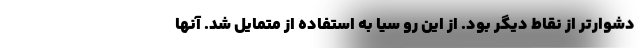
دشوارتر از نقاط دیگر بود. از این رو سیا به استفاده از متمایل شد. آنها